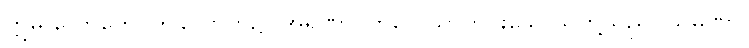
ဣဓ လောကေ၊ ဤလောက၌။ အရဏာ၊ ကိလေသာကင်းသောသူတို့သည်။ သမဏာ၊